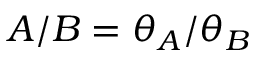
A / B = \theta _ { A } / \theta _ { B }